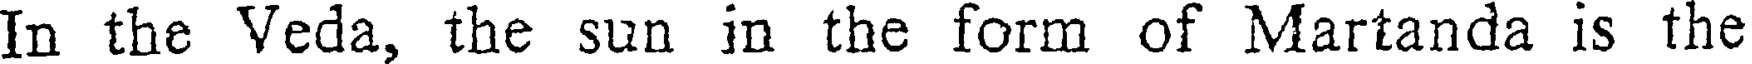
In the Veda, the sun in the form of Martanda is the